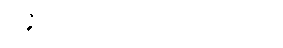
လဇ္ဇီပုဂ္ဂိုလ် စောင့်ရှောက်ရစ်လိမ့်မယ်,